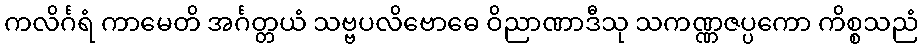
ကလိင်္ဂရံ ကာမေတိ အင်္ဂတ္တယံ သဗ္ဗပလိဗောဓေ ဝိညာဏာဒီသု သကဏ္ဏဇပ္ပကော ကိစ္စသညံ